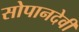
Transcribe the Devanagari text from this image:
सोपानदेवी